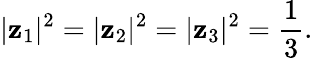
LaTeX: |\mathbf{z}_{1}|^{2}=|\mathbf{z}_{2}|^{2}=|\mathbf{z}_{3}|^{2}=\frac{{1}}{{3}}.